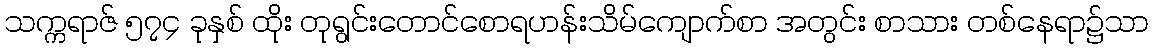
သက္ကရာဇ် ၅၇၄ ခုနှစ် ထိုး တုရွင်းတောင်စောရဟန်းသိမ်ကျောက်စာ အတွင်း စာသား တစ်နေရာ၌သာ